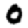
Digit: 0